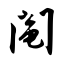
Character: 阄